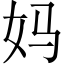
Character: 妈